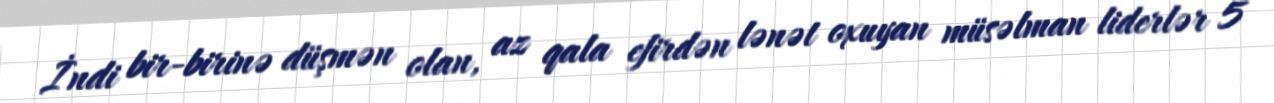
İndi bir-birinə düşmən olan, az qala efirdən lənət oxuyan müsəlman liderlər 5